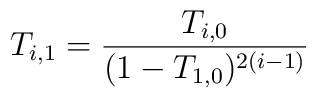
T_{i,1}=\frac{T_{i,0}}{(1-T_{1,0})^{2(i-1)}}